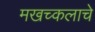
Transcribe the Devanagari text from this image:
मखच्कलाचे